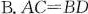
B.$$A C = B D$$